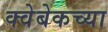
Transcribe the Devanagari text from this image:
क्वेबेकच्या